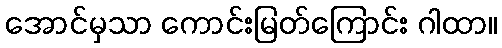
အောင်မှသာ ကောင်းမြတ်ကြောင်း ဂါထာ။